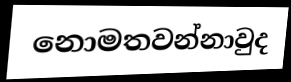
නොමතවන්නාවුද